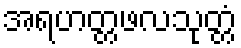
အရဟတ္တဖလသုတ္တံ